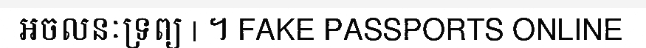
អចលនៈទ្រព្យ | ។ FAKE PASSPORTS ONLINE